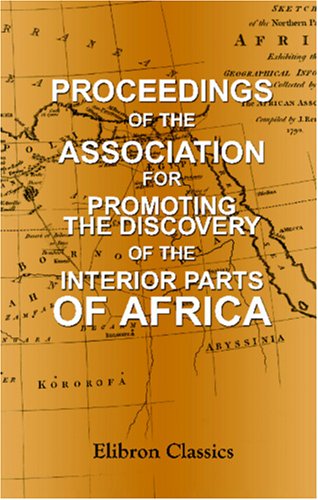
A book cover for Proceedings of the Association for Promoting the Discovery of the Interior Parts of Africa; Unknown Author; Travel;